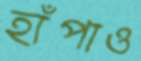
হাঁপাও